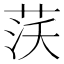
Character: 𦰚